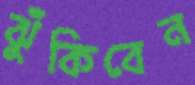
ঝুঁকিবেন